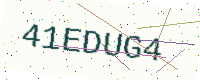
Text: 41EDUG4